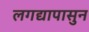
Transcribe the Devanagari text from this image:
लगद्यापासुन